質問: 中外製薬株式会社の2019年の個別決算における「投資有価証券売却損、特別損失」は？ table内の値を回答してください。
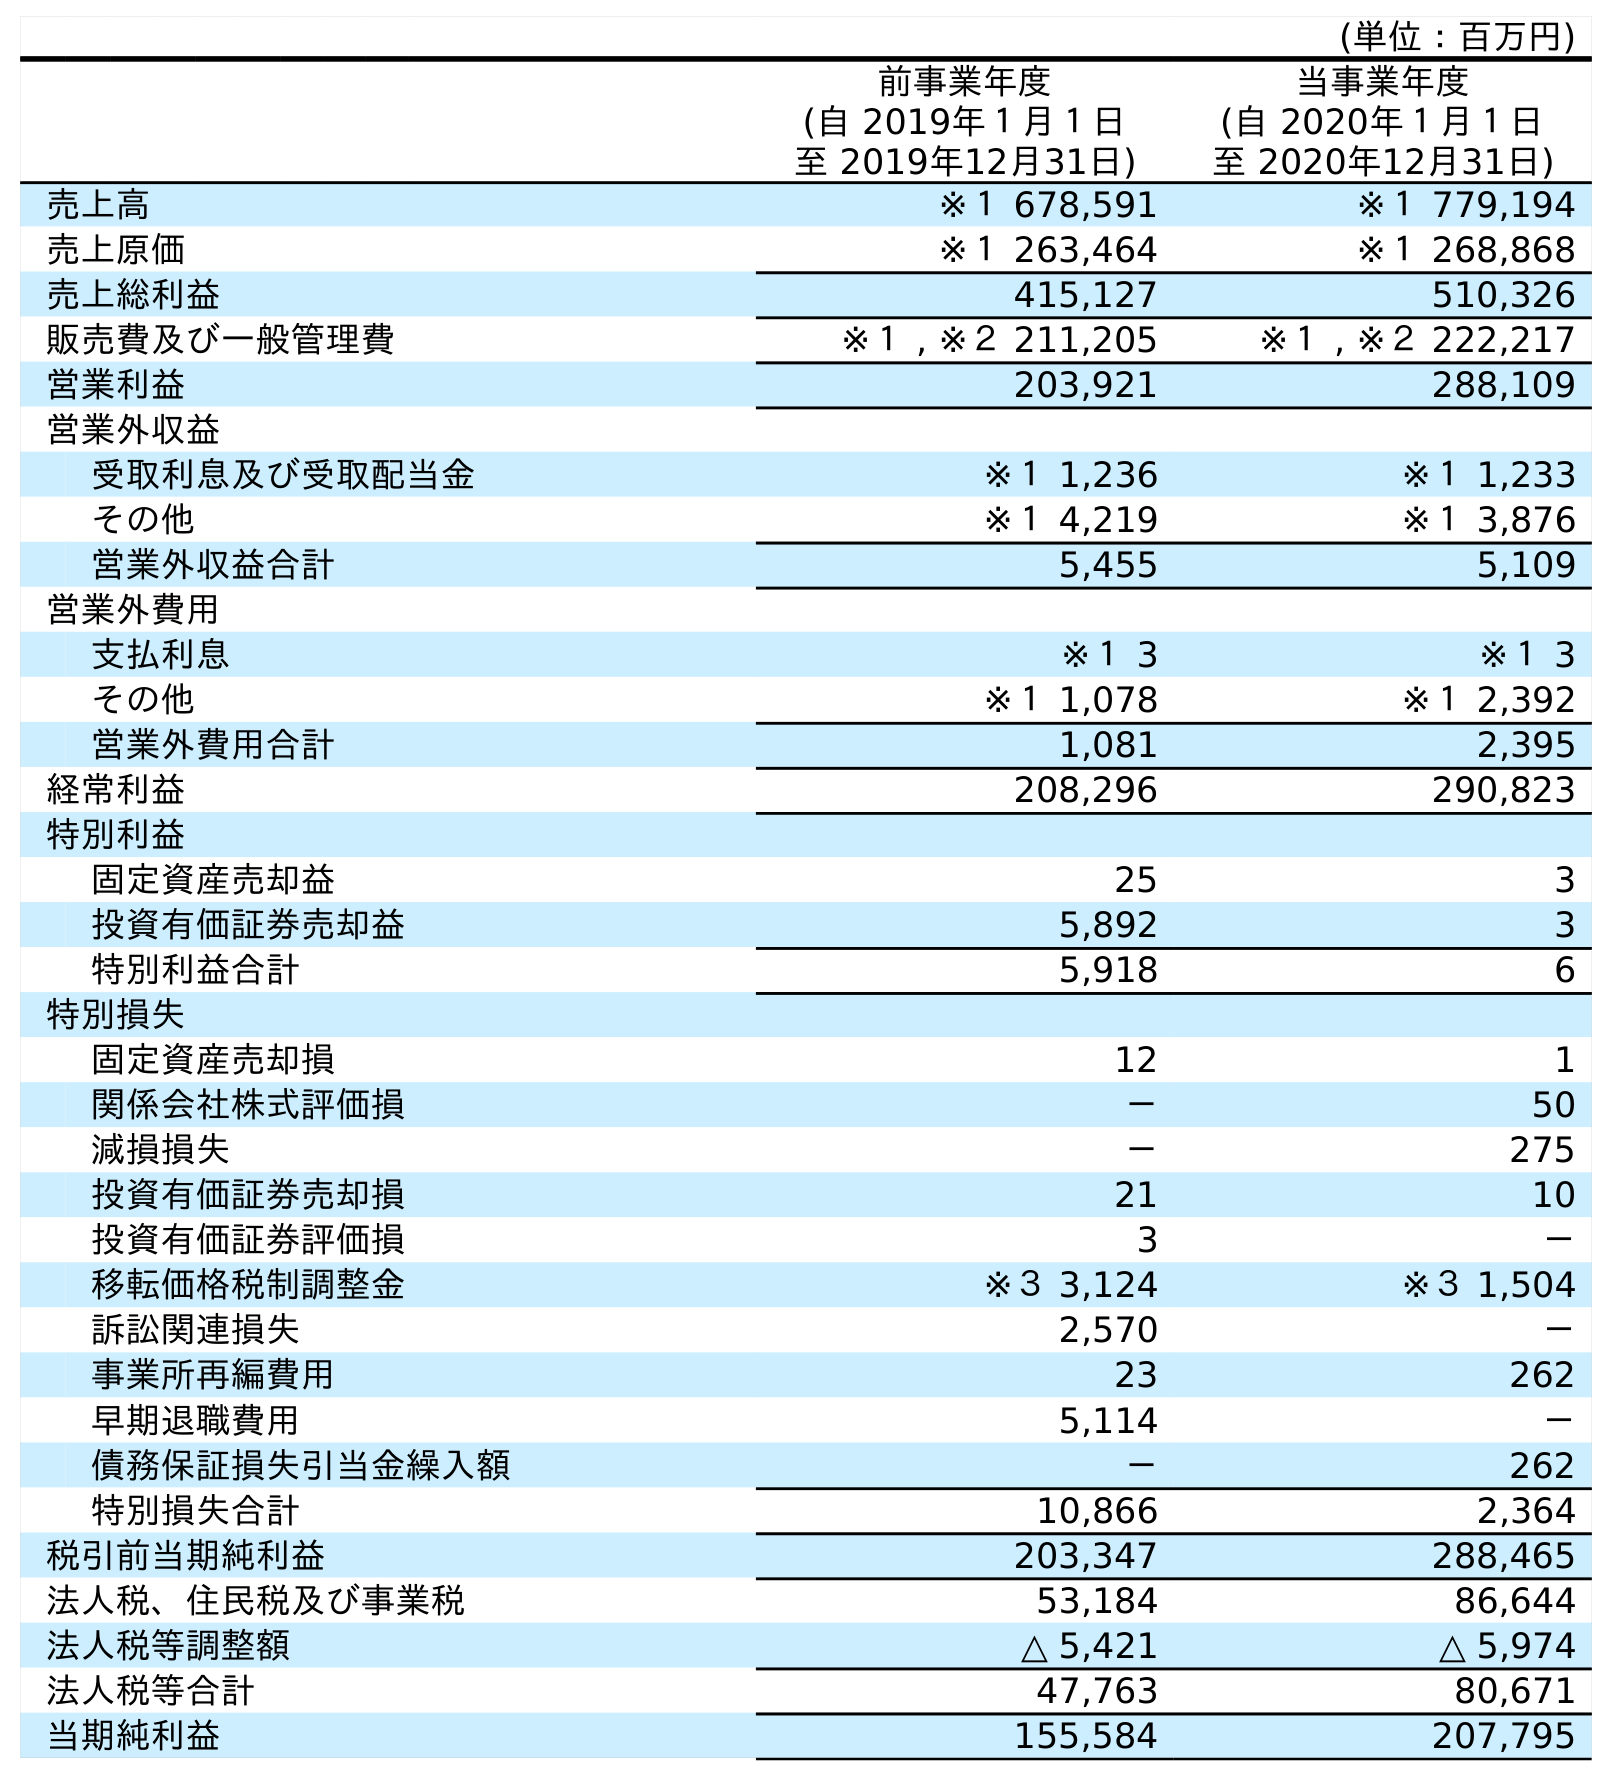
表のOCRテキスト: (単位：百万円) 前事業年度 (自 2019年１月１日 至 2019年12月31日) 当事業年度 (自 2020年１月１日 至 2020年12月31日) 売上高 ※１ 678,591 ※１ 779,194 売上原価 ※１ 263,464 ※１ 268,868 売上総利益 415,127 510,326 販売費及び一般管理費 ※１ , ※２ 211,205 ※１ , ※２ 222,217 営業利益 203,921 288,109 営業外収益 受取利息及び受取配当金 ※１ 1,236 ※１ 1,233 その他 ※１ 4,219 ※１ 3,876 営業外収益合計 5,455 5,109 営業外費用 支払利息 ※１ 3 ※１ 3 その他 ※１ 1,078 ※１ 2,392 営業外費用合計 1,081 2,395 経常利益 208,296 290,823 特別利益 固定資産売却益 25 3 投資有価証券売却益 5,892 3 特別利益合計 5,918 6 特別損失 固定資産売却損 12 1 関係会社株式評価損 － 50 減損損失 － 275 投資有価証券売却損 21 10 投資有価証券評価損 3 － 移転価格税制調整金 ※３ 3,124 ※３ 1,504 訴訟関連損失 2,570 － 事業所再編費用 23 262 早期退職費用 5,114 － 債務保証損失引当金繰入額 － 262 特別損失合計 10,866 2,364 税引前当期純利益 203,347 288,465 法人税、住民税及び事業税 53,184 86,644 法人税等調整額 △ 5,421 △ 5,974 法人税等合計 47,763 80,671 当期純利益 155,584 207,795
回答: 21